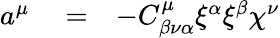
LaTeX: \begin{array}{rlr}{a^{\mu}}&{{}=}&{-C_{\beta\nu\alpha}^{\mu}\xi^{\alpha}\xi^{\beta}\chi^{\nu}}\end{array}